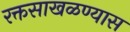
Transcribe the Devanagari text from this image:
रक्तसाखळण्यास